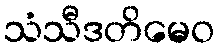
သံသီဒတိမေဝ